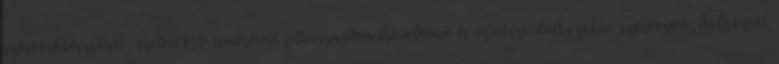
szervezôkészségét, széleskörû ismereteit felhasználva író-olvasó és színésztalálkozókat szervezett, dolgozott